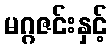
မဂ္ဂဇင်းနှင့်